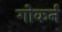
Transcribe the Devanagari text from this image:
गोकर्न